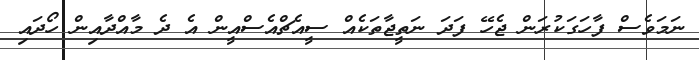
ނަމަވެސް ފާހަގަކުރަން ޖެހޭ ފަދަ ނަތީޖާތަކެއް ސީއެޗްއެސްއީން އެ ދެ މާއްދާއިން ހޯދައި